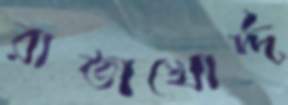
রাতাখোর্দ্দ